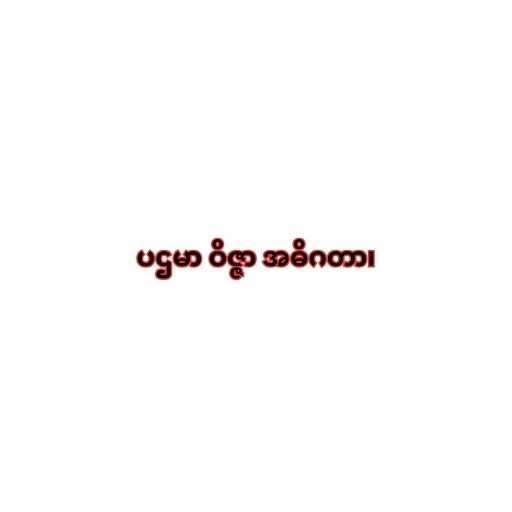
ပဌမာ ဝိဇ္ဇာ အဓိဂတာ၊